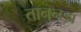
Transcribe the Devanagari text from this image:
तानुनडा